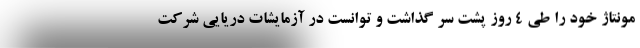
مونتاژ خود را طی 4 روز پشت سر گذاشت و توانست در آزمایشات دریایی شرکت